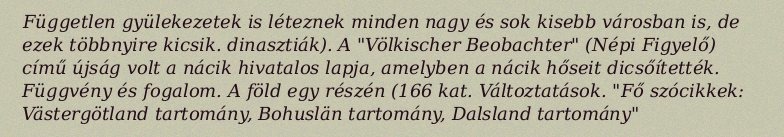
Független gyülekezetek is léteznek minden nagy és sok kisebb városban is, de ezek többnyire kicsik. dinasztiák). A "Völkischer Beobachter" (Népi Figyelő) című újság volt a nácik hivatalos lapja, amelyben a nácik hőseit dicsőítették. Függvény és fogalom. A föld egy részén (166 kat. Változtatások. "Fő szócikkek: Västergötland tartomány, Bohuslän tartomány, Dalsland tartomány"